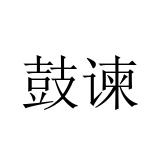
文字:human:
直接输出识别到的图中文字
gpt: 鼓谏